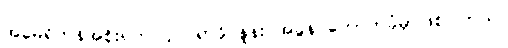
အမေရိကန်အစိုးရက ၄၀ ရာခိုင်နှုန်း အခွန် ကောက်ခံမှာဖြစ်ပါတယ်။